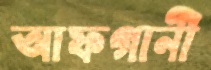
আফগানী